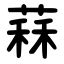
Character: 䔉